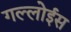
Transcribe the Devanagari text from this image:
गल्लोईस